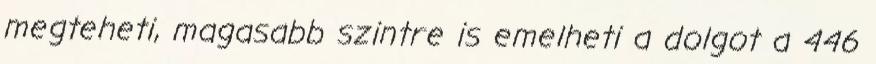
megteheti, magasabb szintre is emelheti a dolgot a 446